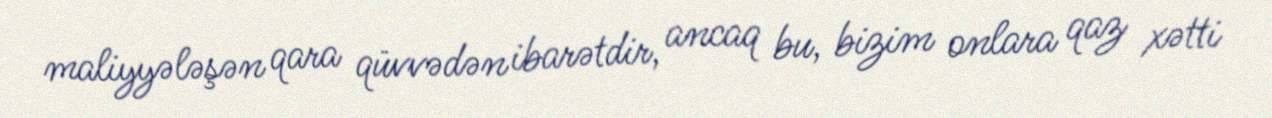
maliyyələşən qara qüvvədən ibarətdir, ancaq bu, bizim onlara qaz xətti